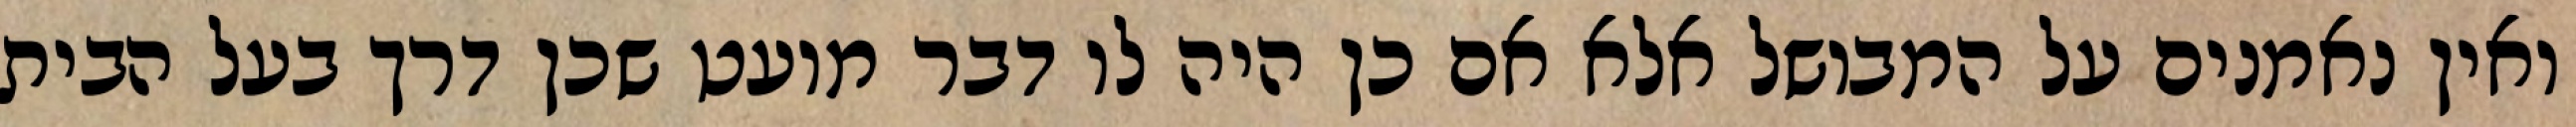
ואין נאמנים על המבושל אלא אם כן היה לו דבר מועט שכן דרך בעל הבית